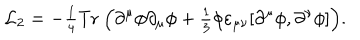
LaTeX: { \cal L } _ { 2 } = - { \textstyle \frac 1 4 } \mathrm { T r } ~ \Bigl ( \partial ^ { \mu } \phi \partial _ { \mu } \phi + { \textstyle \frac 1 3 } \phi \varepsilon _ { \mu \nu } [ \partial ^ { \mu } \phi , \partial ^ { \nu } \phi ] \Bigr ) .